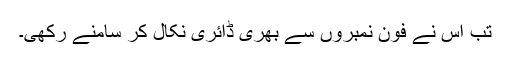
تب اس نے فون نمبروں سے بھری ڈائری نکال کر سامنے رکھی۔